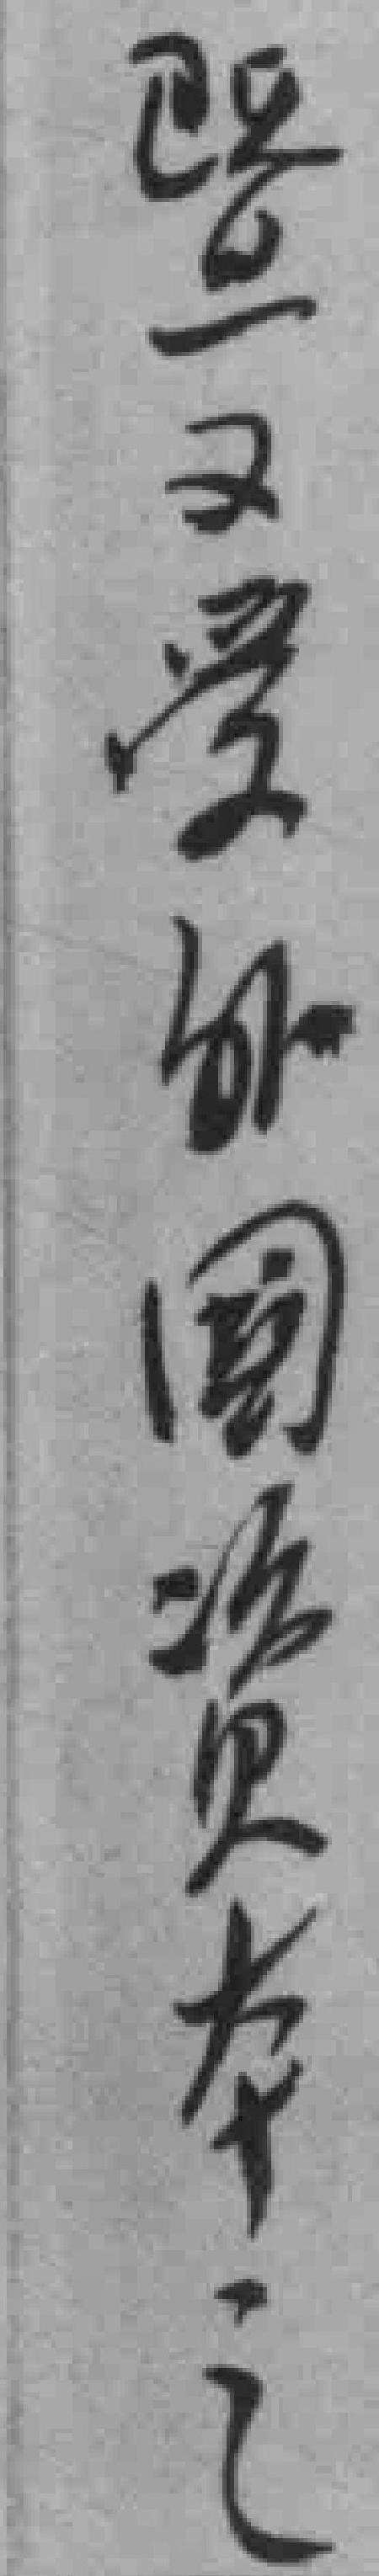
暨又受外國资本之